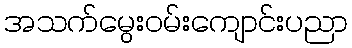
အသက်မွေးဝမ်းကျောင်းပညာ